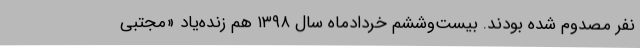
نفر مصدوم شده بودند. بیست‌وششم خردادماه سال ۱۳۹۸ هم زنده‌یاد «مجتبی